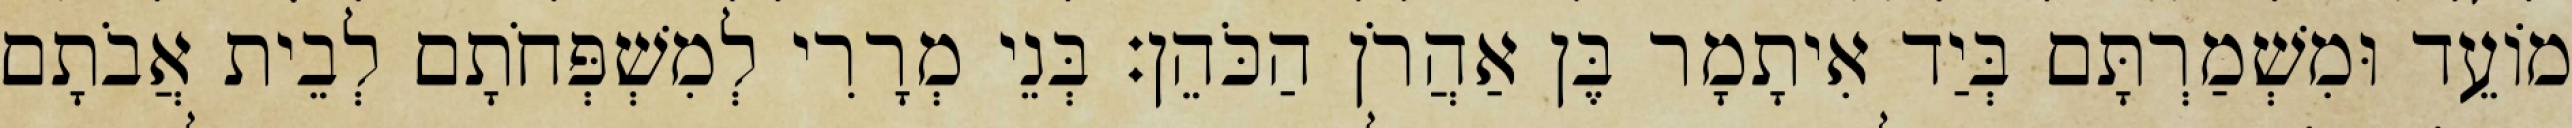
מוֹעֵד וּמִשְׁמַרְתָּם בְּיַד אִיתָמָר בֶּן אַהֲרֹן הַכֹּהֵן׃ בְּנֵי מְרָרִי לְמִשְׁפְּחֹתָם לְבֵית אֲבֹתָם